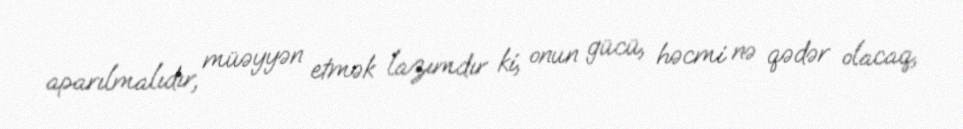
aparılmalıdır, müəyyən etmək lazımdır ki, onun gücü, həcmi nə qədər olacaq,